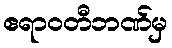
ဧရာဝတီဘဏ်မှ